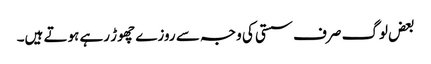
بعض لوگ صرف سستی کی وجہ سے روزے چھوڑ رہے ہوتے ہیں۔